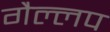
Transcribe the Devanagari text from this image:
गैल्लप